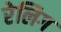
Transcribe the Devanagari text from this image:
रेलिग